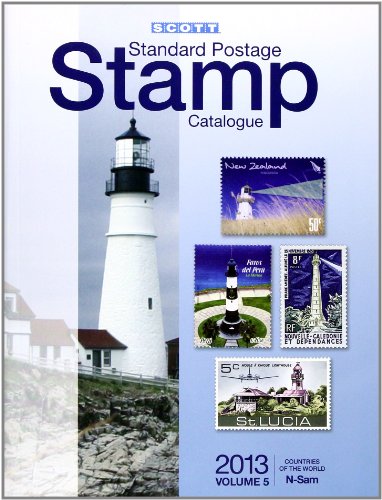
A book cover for Scott 2013 Standard Postage Stamp Catalogue Volume 5 Countries of the World N-Sam; Crafts, Hobbies & Home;